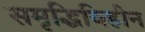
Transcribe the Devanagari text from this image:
समृद्धिविहीन